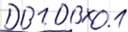
Text: DB1.DBX0.1